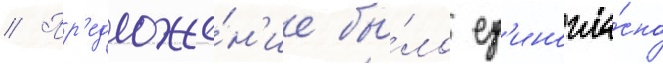
// Пр'едложе́н'ие бы́ло ед'иногла́сно